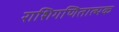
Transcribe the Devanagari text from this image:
राशिगणितात्मक